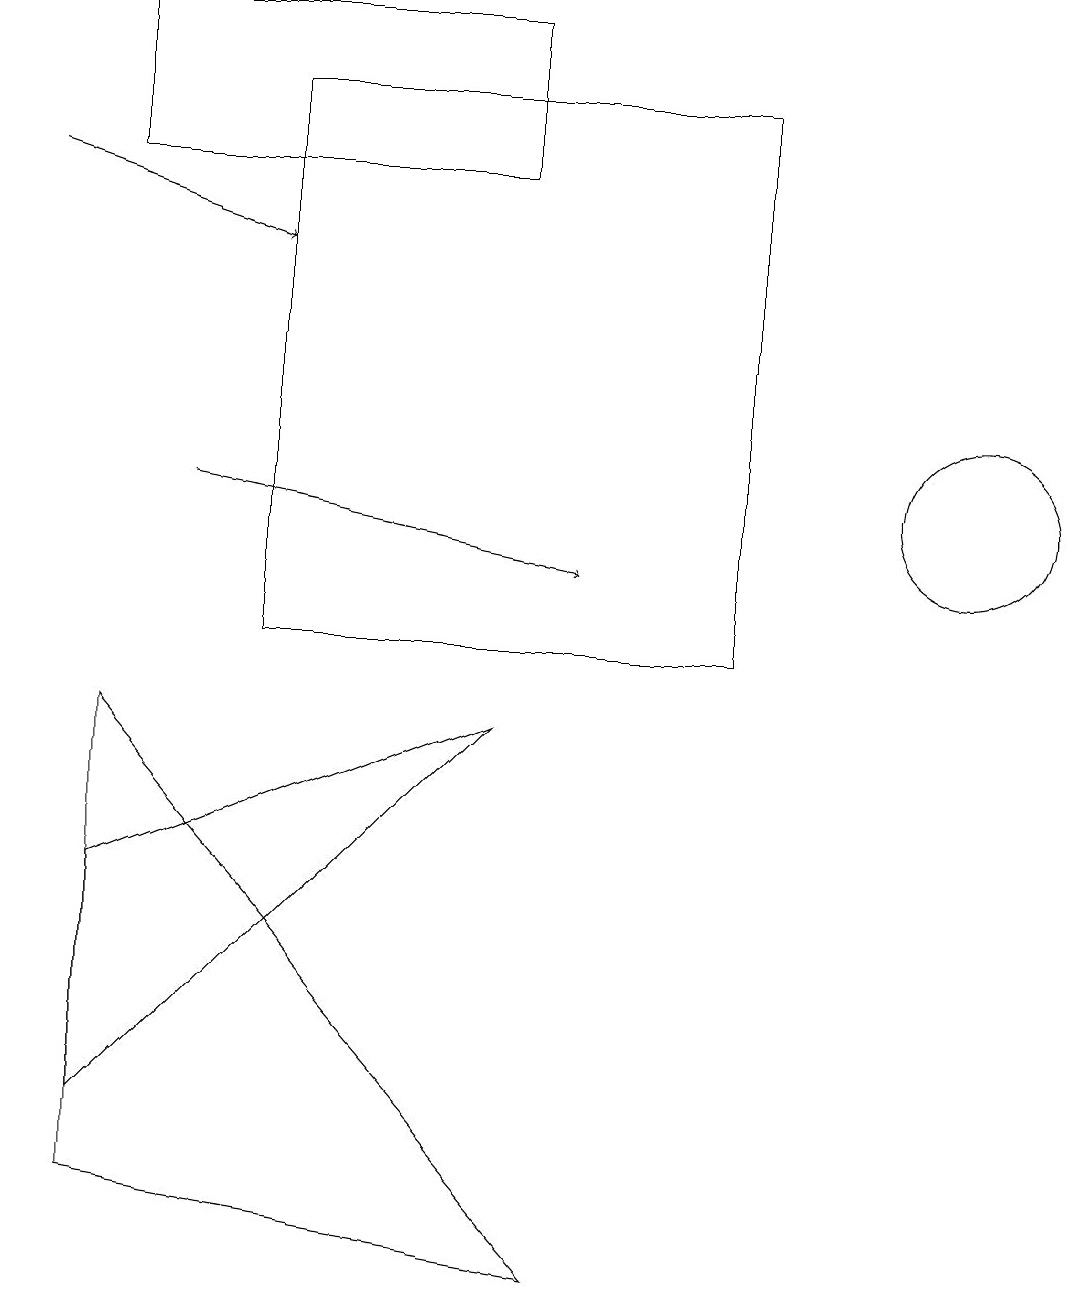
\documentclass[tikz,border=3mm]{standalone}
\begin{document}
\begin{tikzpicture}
\draw (1,7) -- (6,9) -- (1,4) -- cycle;
\draw[->] (0,16) -- (3,15);
\draw (12,12) circle (1);
\draw (6,16) rectangle (1,18);
\draw (9,10) rectangle (3,17);
\draw (1,9) -- (1,3) -- (7,2) -- cycle;
\draw[->] (2,12) -- (7,11);
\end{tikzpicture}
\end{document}